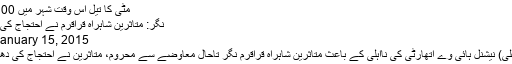
مٹی کا تیل اس وقت شہر میں 100روپے فی...
نگر: متاثرین شاہراہ قراقرم نے احتجاج کی دھمکی دیدی
January 15, 2015 پامیر ٹائمز
نگر(ریاض علی) نیشنل ہائی وے اتھارٹی کی نااہلی کے باعث متاثرین شاہراہ قراقرم نگر تاحال معاوضے سے محروم، متاثرین نے احتجاج کی دھمکی دے دی۔